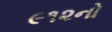
૯૧૨નો